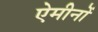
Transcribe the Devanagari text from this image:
ऐमीनों